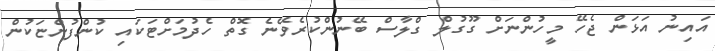
އައިނު އަޅަން ޖެހޭ މީހުންނަށް ގޫގުލް ގްލާސް ބޭނުންކުރެވޭނެ ގޮތް ހެދުމަށްޓަކައި ކުންފުންޏަކުން